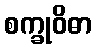
စက္ခုဝိဓာ